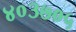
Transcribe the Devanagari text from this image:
४०३७०५